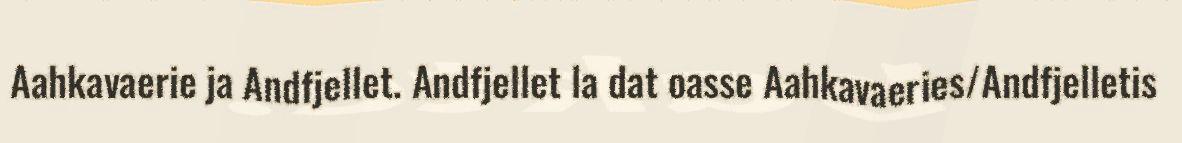
Aahkavaerie ja Andfjellet. Andfjellet la dat oasse Aahkavaeries/Andfjelletis